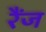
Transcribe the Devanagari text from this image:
रैंज